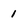
Character: 1